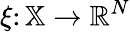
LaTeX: \xi\colon\mathbb{X}\to\mathbb{R}^{N}